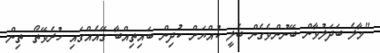
"މާލެ ބަދަލުވާން ބޭނުންވެގެން ބެލީ ކުއްޔަށް ކުދިން ބައިތިއްބާ ގޭއެއްގައި ހުރެވޭތޯ. ތިން